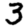
Digit: 3